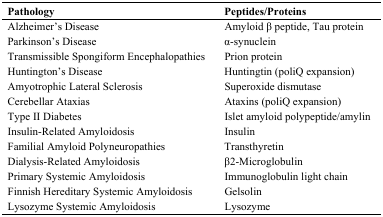
<table><thead><tr><td><b>Pathology</b></td><td><b>Peptides/Proteins</b></td></tr></thead><tbody><tr><td>Alzheimer’s Disease</td><td>Amyloid β peptide, Tau protein</td></tr><tr><td>Parkinson’s Disease</td><td>α-synuclein</td></tr><tr><td>Transmissible Spongiform Encephalopathies</td><td>Prion protein</td></tr><tr><td>Huntington’s Disease</td><td>Huntingtin (poliQ expansion)</td></tr><tr><td>Amyotrophic Lateral Sclerosis</td><td>Superoxide dismutase</td></tr><tr><td>Cerebellar Ataxias</td><td>Ataxins (poliQ expansion)</td></tr><tr><td>Type II Diabetes</td><td>Islet amyloid polypeptide/amylin</td></tr><tr><td>Insulin-Related Amyloidosis</td><td>Insulin</td></tr><tr><td>Familial Amyloid Polyneuropathies</td><td>Transthyretin</td></tr><tr><td>Dialysis-Related Amyloidosis</td><td>β2-Microglobulin</td></tr><tr><td>Primary Systemic Amyloidosis</td><td>Immunoglobulin light chain</td></tr><tr><td>Finnish Hereditary Systemic Amyloidosis</td><td>Gelsolin</td></tr><tr><td>Lysozyme Systemic Amyloidosis</td><td>Lysozyme</td></tr></tbody></table>